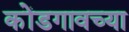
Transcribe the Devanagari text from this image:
कोंडगावच्या